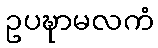
ဥပဍ္ဎာမလကံ